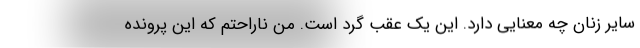
سایر زنان چه معنایی دارد. این یک عقب گرد است. من ناراحتم که این پرونده